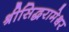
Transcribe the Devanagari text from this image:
श्रीसिद्धरामेश्र्वर